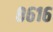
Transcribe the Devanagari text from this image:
८६१६